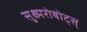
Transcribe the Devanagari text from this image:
सुक्ष्मरोबोट्स्